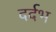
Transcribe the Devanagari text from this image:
दर्दभ